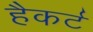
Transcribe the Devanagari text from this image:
हैकर्ट